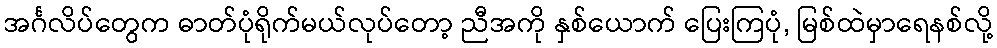
အင်္ဂလိပ်တွေက ဓာတ်ပုံရိုက်မယ်လုပ်တော့ ညီအကို နှစ်ယောက် ပြေးကြပုံ, မြစ်ထဲမှာရေနစ်လို့